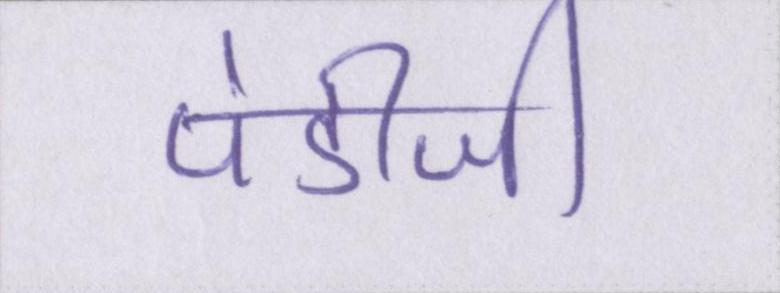
पंडीजी